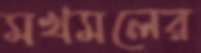
মখমলের